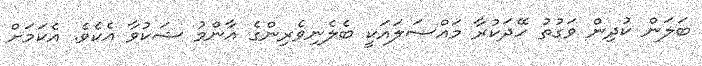
ބަލަން ކުދިން ވަގުތު ހޭދަކުރާ މައްސަލައަކީ ބެލެނިވެރިންގެ އާންމު ޝަކުވާ އެކެވެ. އެކަމަށް